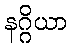
နဂ္ဂိယာ